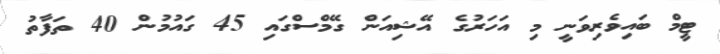
ޓީމް ބައިވެރިވަނީ މި އަހަރުގެ އޭޝިއަން ގޭމްސްގައި 45 ގައުމުން 40 ތަފާތު